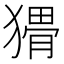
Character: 𱮚